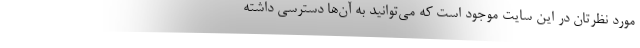
مورد نظرتان در این سایت موجود است که می‌توانید به آن‌ها دسترسی داشته